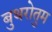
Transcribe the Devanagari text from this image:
बुथरोतुम